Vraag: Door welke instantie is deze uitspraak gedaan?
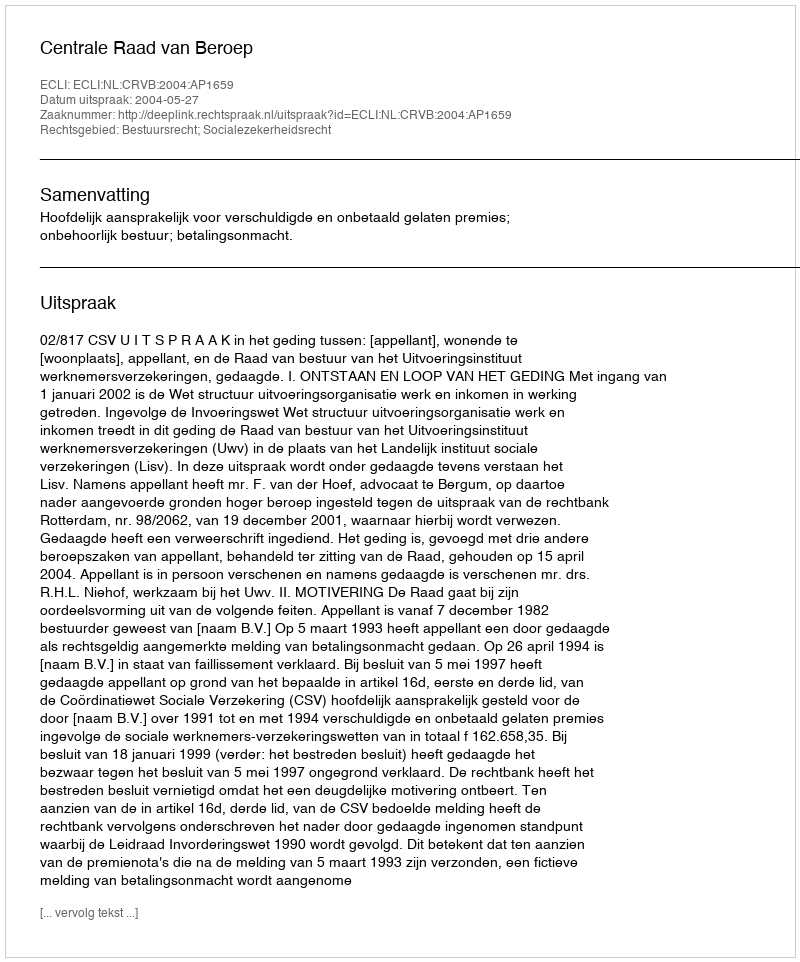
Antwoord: Centrale Raad van Beroep